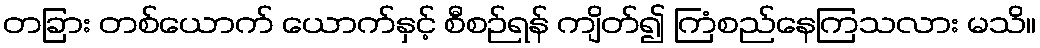
တခြား တစ်ယောက် ယောက်နှင့် စီစဉ်ရန် ကျိတ်၍ ကြံစည်နေကြသလား မသိ။